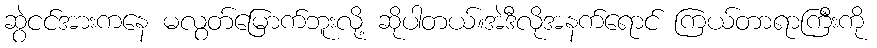
ဆွဲငင်အားကနေ မလွတ်မြောက်ဘူးလို့ ဆိုပါတယ်။အဲဒီလိုအနက်ရောင် ကြယ်တာရာကြီးကို